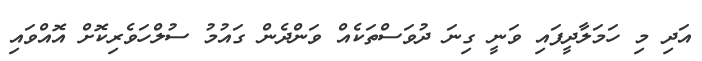
އަދި މި ހަމަލާދީފައި ވަނީ ގިނަ ދުވަސްތަކެއް ވަންދެން ގައުމު ސުލްހަވެރިކޮށް އޮއްވައި